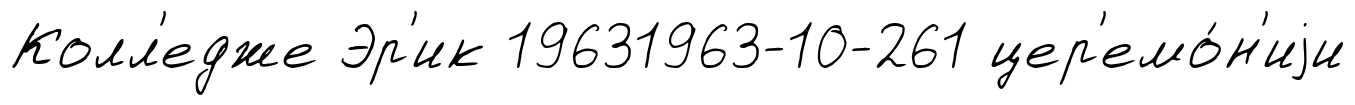
Колл'едже Эр'ик 19631963-10-261 цер'емо́н'иjи